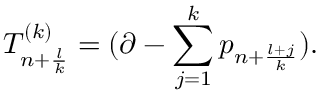
{ \cal T } _ { n + \frac { l } { k } } ^ { ( k ) } = ( \partial - \sum _ { j = 1 } ^ { k } p _ { n + \frac { l + j } { k } } ) .